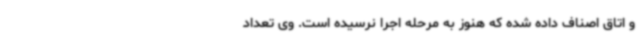
و اتاق اصناف داده شده که هنوز به مرحله اجرا نرسیده است. وی تعداد